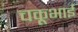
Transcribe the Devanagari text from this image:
चकूभाई